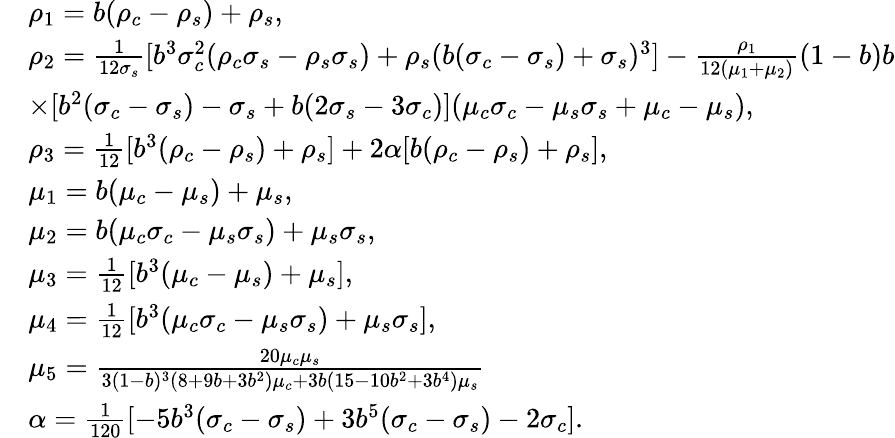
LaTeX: \begin{array}{rl}&{\rho_{1}=b(\rho_{c}-\rho_{s})+\rho_{s},}\\ &{\rho_{2}=\frac{1}{12\sigma_{s}}[b^{3}\sigma_{c}^{2}(\rho_{c}\sigma_{s}-\rho_{s}\sigma_{s})+\rho_{s}(b(\sigma_{c}-\sigma_{s})+\sigma_{s})^{3}]-\frac{\rho_{1}}{12(\mu_{1}+\mu_{2})}(1-b)b}\\ &{\times[b^{2}(\sigma_{c}-\sigma_{s})-\sigma_{s}+b(2\sigma_{s}-3\sigma_{c})](\mu_{c}\sigma_{c}-\mu_{s}\sigma_{s}+\mu_{c}-\mu_{s}),}\\ &{\rho_{3}=\frac{1}{12}[b^{3}(\rho_{c}-\rho_{s})+\rho_{s}]+2\alpha[b(\rho_{c}-\rho_{s})+\rho_{s}],}\\ &{\mu_{1}=b(\mu_{c}-\mu_{s})+\mu_{s},}\\ &{\mu_{2}=b(\mu_{c}\sigma_{c}-\mu_{s}\sigma_{s})+\mu_{s}\sigma_{s},}\\ &{\mu_{3}=\frac{1}{12}[b^{3}(\mu_{c}-\mu_{s})+\mu_{s}],}\\ &{\mu_{4}=\frac{1}{12}[b^{3}(\mu_{c}\sigma_{c}-\mu_{s}\sigma_{s})+\mu_{s}\sigma_{s}],}\\ &{\mu_{5}=\frac{20\mu_{c}\mu_{s}}{3(1-b)^{3}(8+9b+3b^{2})\mu_{c}+3b(15-10b^{2}+3b^{4})\mu_{s}}}\\ &{\alpha=\frac{1}{120}[-5b^{3}(\sigma_{c}-\sigma_{s})+3b^{5}(\sigma_{c}-\sigma_{s})-2\sigma_{c}].}\end{array}